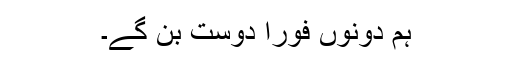
ہم دونوں فوراً دوست بن گے۔